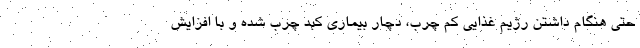
حتی هنگام داشتن رژیم غذایی کم چرب، دچار بیماری کبد چرب شده و با افزایش